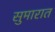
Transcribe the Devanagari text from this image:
सुमारात